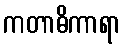
ကတာဓိကာရာ